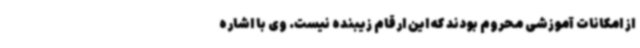
از امکانات آموزشی محروم بودند که این ارقام زیبنده نیست. وی با اشاره